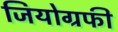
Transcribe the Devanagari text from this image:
जियोग्रफी